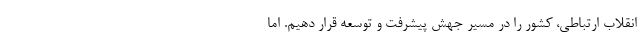
انقلاب ارتباطی، کشور را در مسیر جهش پیشرفت و توسعه قرار دهیم. اما